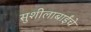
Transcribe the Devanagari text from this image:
सुशीलाबाईंचे